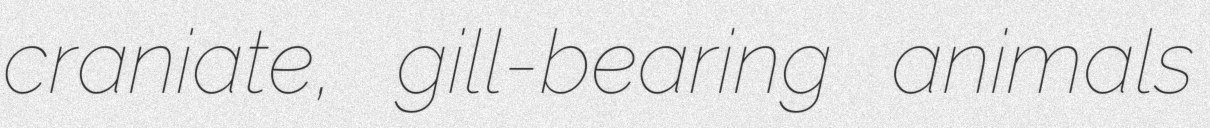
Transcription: craniate, gill-bearing animals